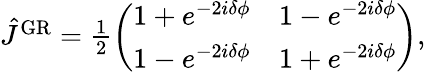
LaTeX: \begin{array}{r}{\hat{J}^{\mathrm{GR}}=\frac{1}{2}\left(\begin{array}{ll}{1+e^{-2i\delta\phi}}&{1-e^{-2i\delta\phi}}\\ {1-e^{-2i\delta\phi}}&{1+e^{-2i\delta\phi}}\end{array}\right),}\end{array}